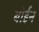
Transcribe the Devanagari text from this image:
बोईन